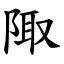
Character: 陬